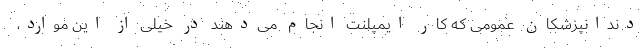
دندانپزشکان عمومی که کار ایمپلنت انجام می‌دهند در خیلی از این موارد،